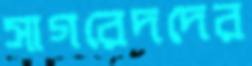
সাগরেদদের